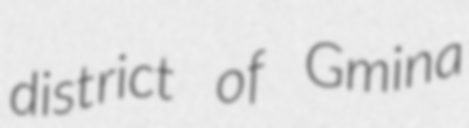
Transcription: district of Gmina